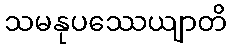
သမနုပဿေယျာတိ